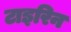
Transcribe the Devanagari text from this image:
टाइरिन